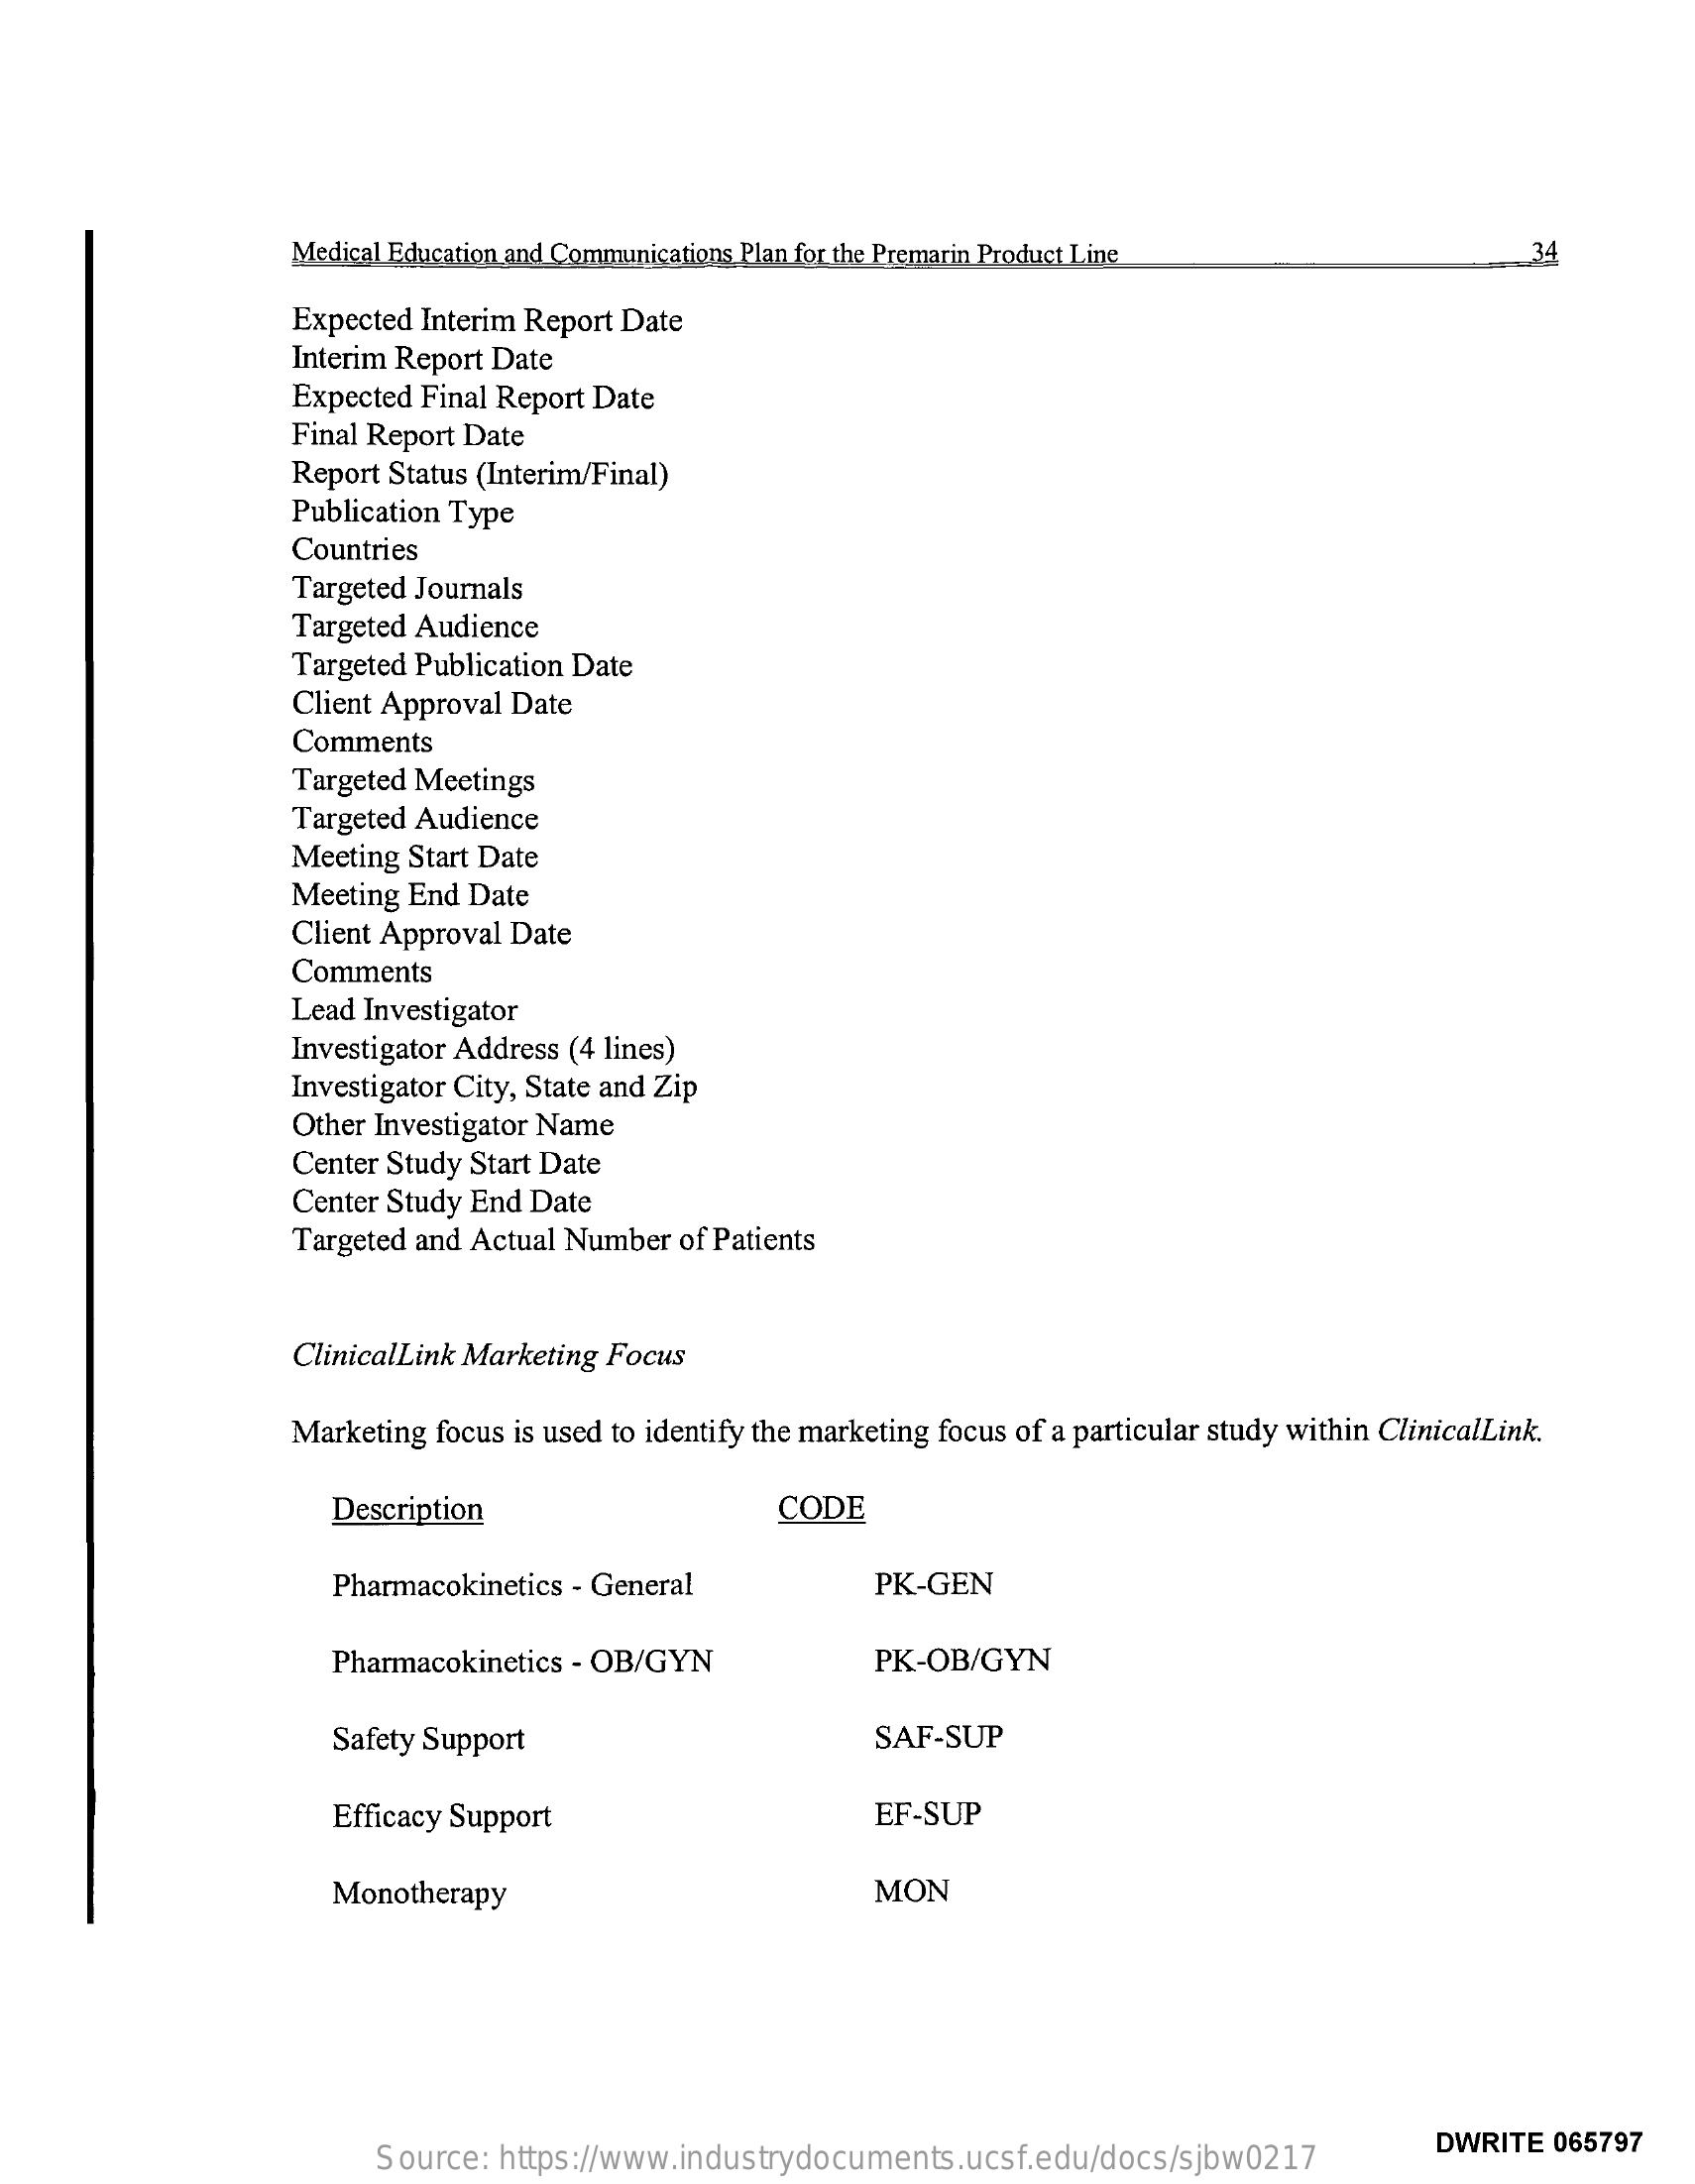
Medical Education and Communications Plan for the Premarin Product Line
     Expected Interim Report Date
     Interim Report Date
     Expected Final Report Date
     Final Report Date
     Report Status (Interim/Final)
     Publication Type
     Countries
     Targeted Journals
     Targeted Audience
     Targeted Publication Date
     Client Approval Date
     Comments
     Targeted Meetings
     Targeted Audience
     Meeting Start Date
     Meeting End Date
     Client Approval Date
     Comments
     Lead Investigator
     Investigator Address (4 lines)
     Investigator City, State and Zip
     Other Investigator Name
     Center Study Start Date
     Center Study End Date
     Targeted and Actual Number of Patients
     ClinicalLink Marketing Focus
     Marketing focus is used to identify the marketing focus of a particular study within ClinicalLink.
     Description    CODE
     Pharmacokinetics - General    PK-GEN
     Pharmacokinetics - OB/GYN    PK-OB/GYN
     Safety Support    SAF-SUP
     Efficacy Support    EF-SUP
     Monotherapy    MON
     Source: https://www.industrydocuments.ucsf.edu/docs/sjbw0217
     DWRITE  065797